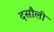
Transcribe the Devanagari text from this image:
दसौली